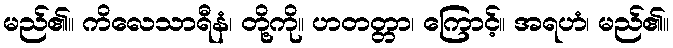
မည်၏။ ကိလေသာရီနံ၊ တို့ကို။ ဟတတ္တာ၊ ကြောင့်။ အရဟံ၊ မည်၏။